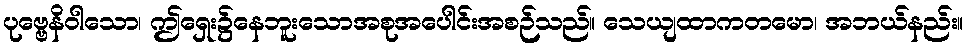
ပုဗ္ဗေနိဝါသော၊ ဤရှေး၌နေဘူးသောအစုအပေါင်းအစဉ်သည်။ သေယျထာကတမော၊ အဘယ်နည်း။